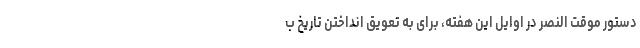
دستور موقت النصر در اوایل این هفته، برای به تعویق انداختن تاریخ ب